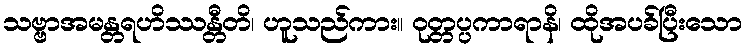
သဗ္ဗာအမန္တရဟိဿန္တီတိ၊ ဟူသည်ကား။ ဝုတ္တပ္ပကာရာနိ၊ ထိုအပခ်ပြီးသော